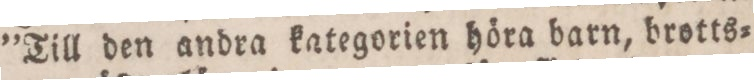
”Till den andra kategorien höra barn, brotts=